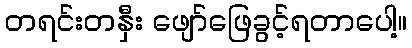
တရင်းတနှီး ဖျော်ဖြေခွင့်ရတာပေါ့။